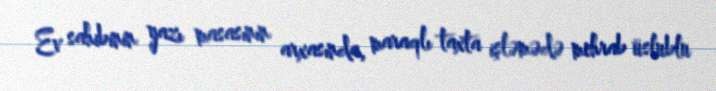
Ev sahibinin yazı masasının arxasında, maraqlı taxta işləmədə mehrab üslublu